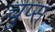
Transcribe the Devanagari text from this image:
चुप्स